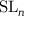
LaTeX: \mathrm { { S L } } _ { n }